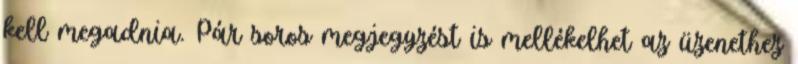
kell megadnia. Pár soros megjegyzést is mellékelhet az üzenethez